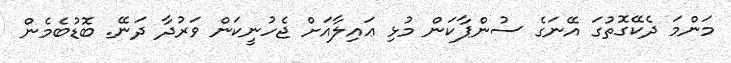
މަންމަ ދެކޭގޮތުގަ އޭނަގެ ސުންޕާކަން މުޅި ޢައިލާއަށް ޖެހުނީކަން ވަރުދާ ދަނޭ. ބޮޑުބެމެން